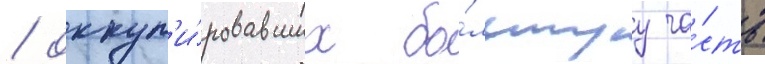
/ оккуп'и́ровавших бо́льшуу ча́сть